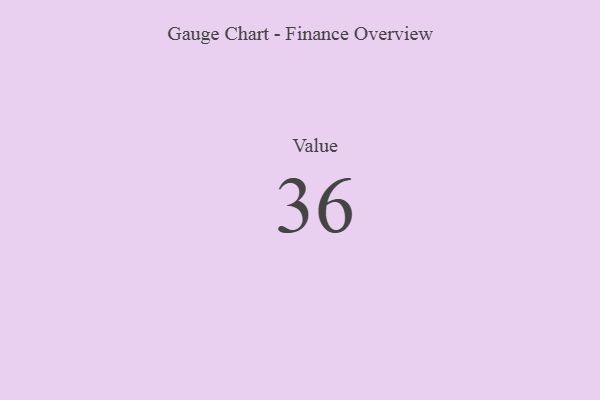
{"axis": {"x": "Metric", "y": "Value"}, "legend": [""], "data": [{"x": "Value", "y": 36, "type": ""}]}